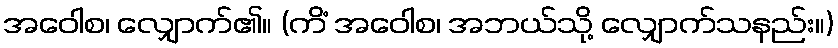
အဝေါစ၊ လျှောက်၏။ (ကိံ အဝေါစ၊ အဘယ်သို့ လျှောက်သနည်း။)